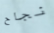
نجاح